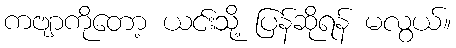
ကဗျာကိုတော့ ယင်းသို့ ပြန်ဆိုရန် မလွယ်။